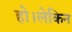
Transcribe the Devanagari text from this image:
हो।लेकिन